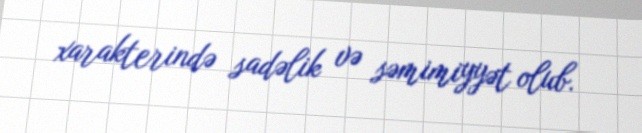
xarakterində sadəlik və səmimiyyət olub.